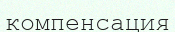
компенсация